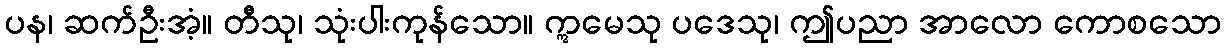
ပန၊ ဆက်ဦးအံ့။ တီသု၊ သုံးပါးကုန်သော။ ဣမေသု ပဒေသု၊ ဤပညာ အာလော ကောစသော